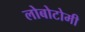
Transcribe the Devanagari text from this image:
लोबोटोमी